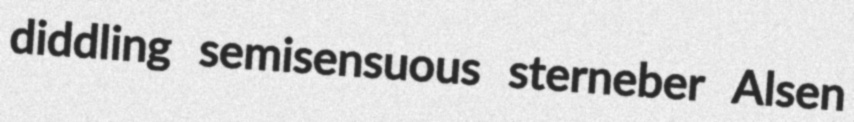
diddling semisensuous sterneber Alsen